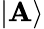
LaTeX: \left\vert\mathbf{A}\right\rangle